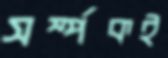
সর্ম্পকই